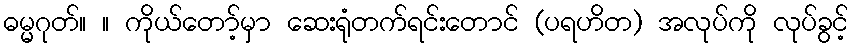
ဓမ္မဂုတ်။ ။ ကိုယ်တော့်မှာ ဆေးရုံတက်ရင်းတောင် (ပရဟိတ) အလုပ်ကို လုပ်ခွင့်